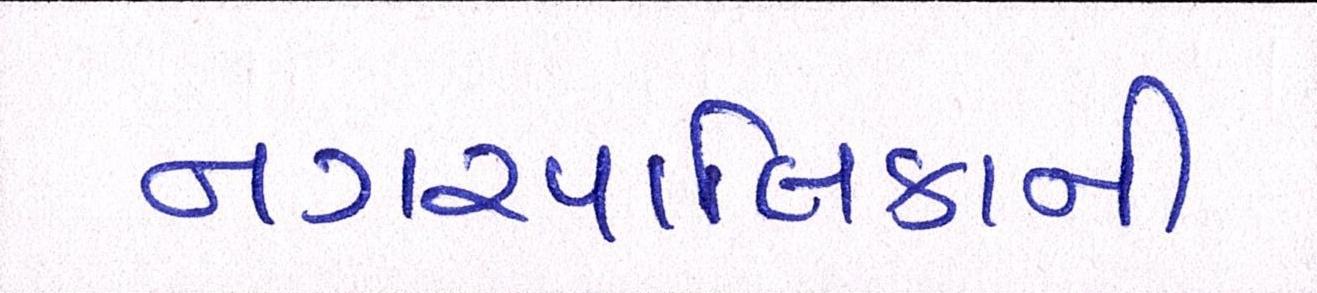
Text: નગરપાલિકાની